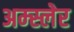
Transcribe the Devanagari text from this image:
अम्स्लेर